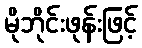
မိုဘိုင်းဖုန်းဖြင့်